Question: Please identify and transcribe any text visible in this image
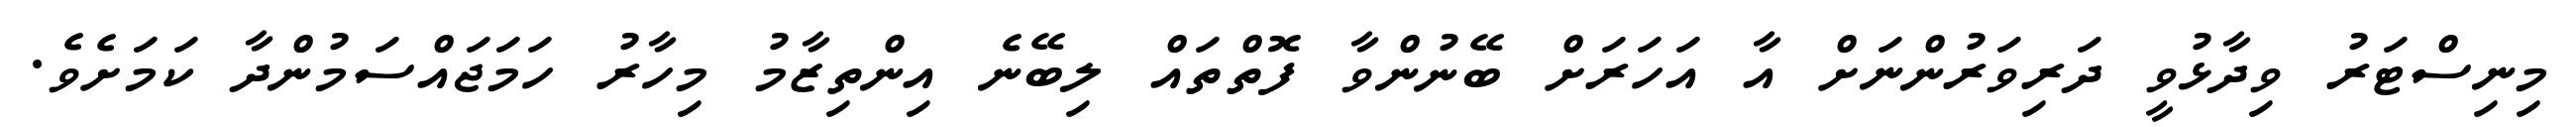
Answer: މިނިސްޓަރު ވިދާޅުވީ ދަރިވަރުންނަށް އާ އަހަރަށް ބޭނުންވާ ފޮތްތައް ލިބޭނެ އިންތިޒާމު މިހާރު ހަމަޖައްސަމުންދާ ކަމަށެވެ.